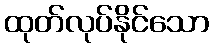
ထုတ်လုပ်နိုင်သော